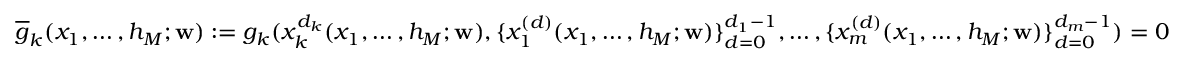
\overline { { g } } _ { k } ( x _ { 1 } , \hdots , h _ { M } ; \mathbf { w } ) : = g _ { k } ( x _ { k } ^ { d _ { k } } ( x _ { 1 } , \hdots , h _ { M } ; \mathbf { w } ) , \{ x _ { 1 } ^ { ( d ) } ( x _ { 1 } , \hdots , h _ { M } ; \mathbf { w } ) \} _ { d = 0 } ^ { d _ { 1 } - 1 } , \hdots , \{ x _ { m } ^ { ( d ) } ( x _ { 1 } , \hdots , h _ { M } ; \mathbf { w } ) \} _ { d = 0 } ^ { d _ { m } - 1 } ) = 0